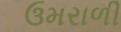
ઉમરાળી